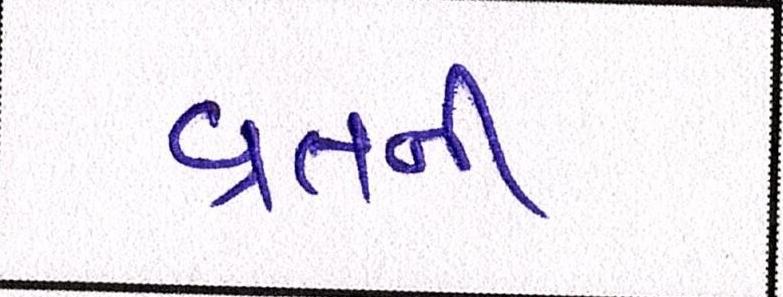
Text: વ્રતની